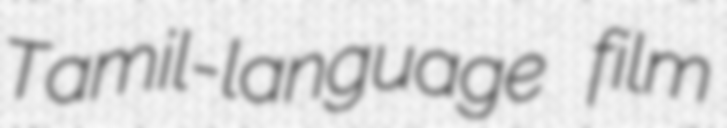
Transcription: Tamil-language film